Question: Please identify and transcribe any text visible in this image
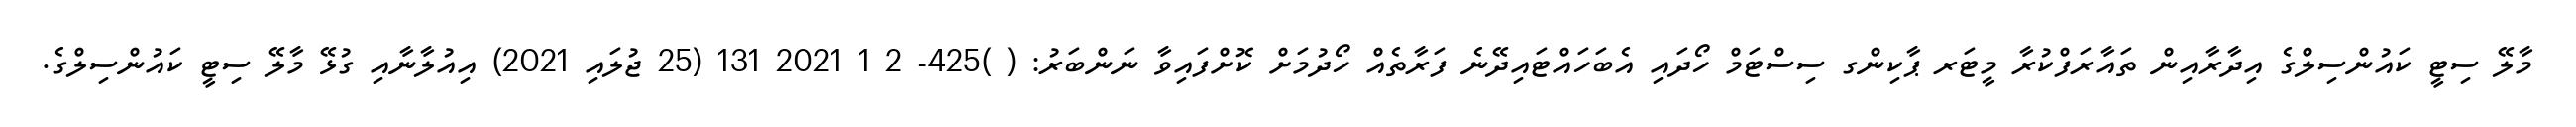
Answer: މާލޭ ސިޓީ ކައުންސިލްގެ އިދާރާއިން ތައާރަފްކުރާ މީޓަރ ޕާކިންގ ސިސްޓަމް ހޯދައި އެބަހައްޓައިދޭނެ ފަރާތެއް ހޯދުމަށް ކޮށްފައިވާ ނަންބަރު: ( )425- 2 1 2021 131 (25 ޖުލައި 2021) އިއުލާނާއި ގުޅޭ މާލޭ ސިޓީ ކައުންސިލްގެ.